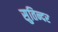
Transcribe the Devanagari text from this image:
सुतिन्दर